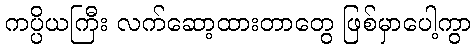
ကပ္ပိယကြီး လက်ဆော့ထားတာတွေ ဖြစ်မှာပေါ့ကွာ